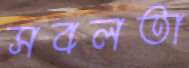
সবলতা